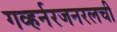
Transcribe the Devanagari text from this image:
गव्हर्नरजनरलची